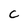
Character: C